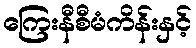
ကြေးနီစီမံကိန်းနှင့်